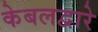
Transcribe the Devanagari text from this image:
केबलद्वारे